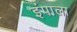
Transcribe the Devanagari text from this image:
इंपाला